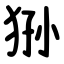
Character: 狲